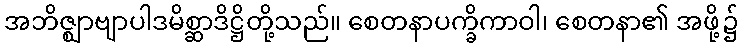
အဘိဇ္ဈာဗျာပါဒမိစ္ဆာဒိဋ္ဌိတို့သည်။ စေတနာပက္ခိကာဝါ၊ စေတနာ၏ အဖို့၌